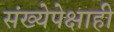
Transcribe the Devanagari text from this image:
संख्येपेक्षाही